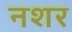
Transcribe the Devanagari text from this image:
नशर